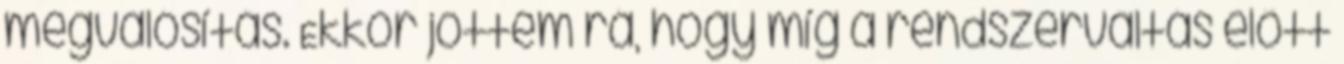
megvalósítás. Ekkor jöttem rá, hogy míg a rendszerváltás elôtt